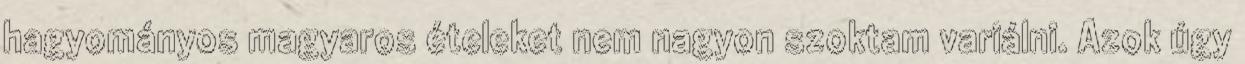
hagyományos magyaros ételeket nem nagyon szoktam variálni. Azok úgy